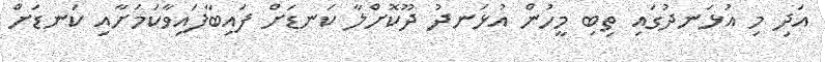
އަދި މި އުޅަނދުގައި ތިބި މީހުން އުޅަނދު ދޫކޮށްލާ ކަނޑަށް ފައިބާފައިވާކަމަށާއި ކަނޑަށް